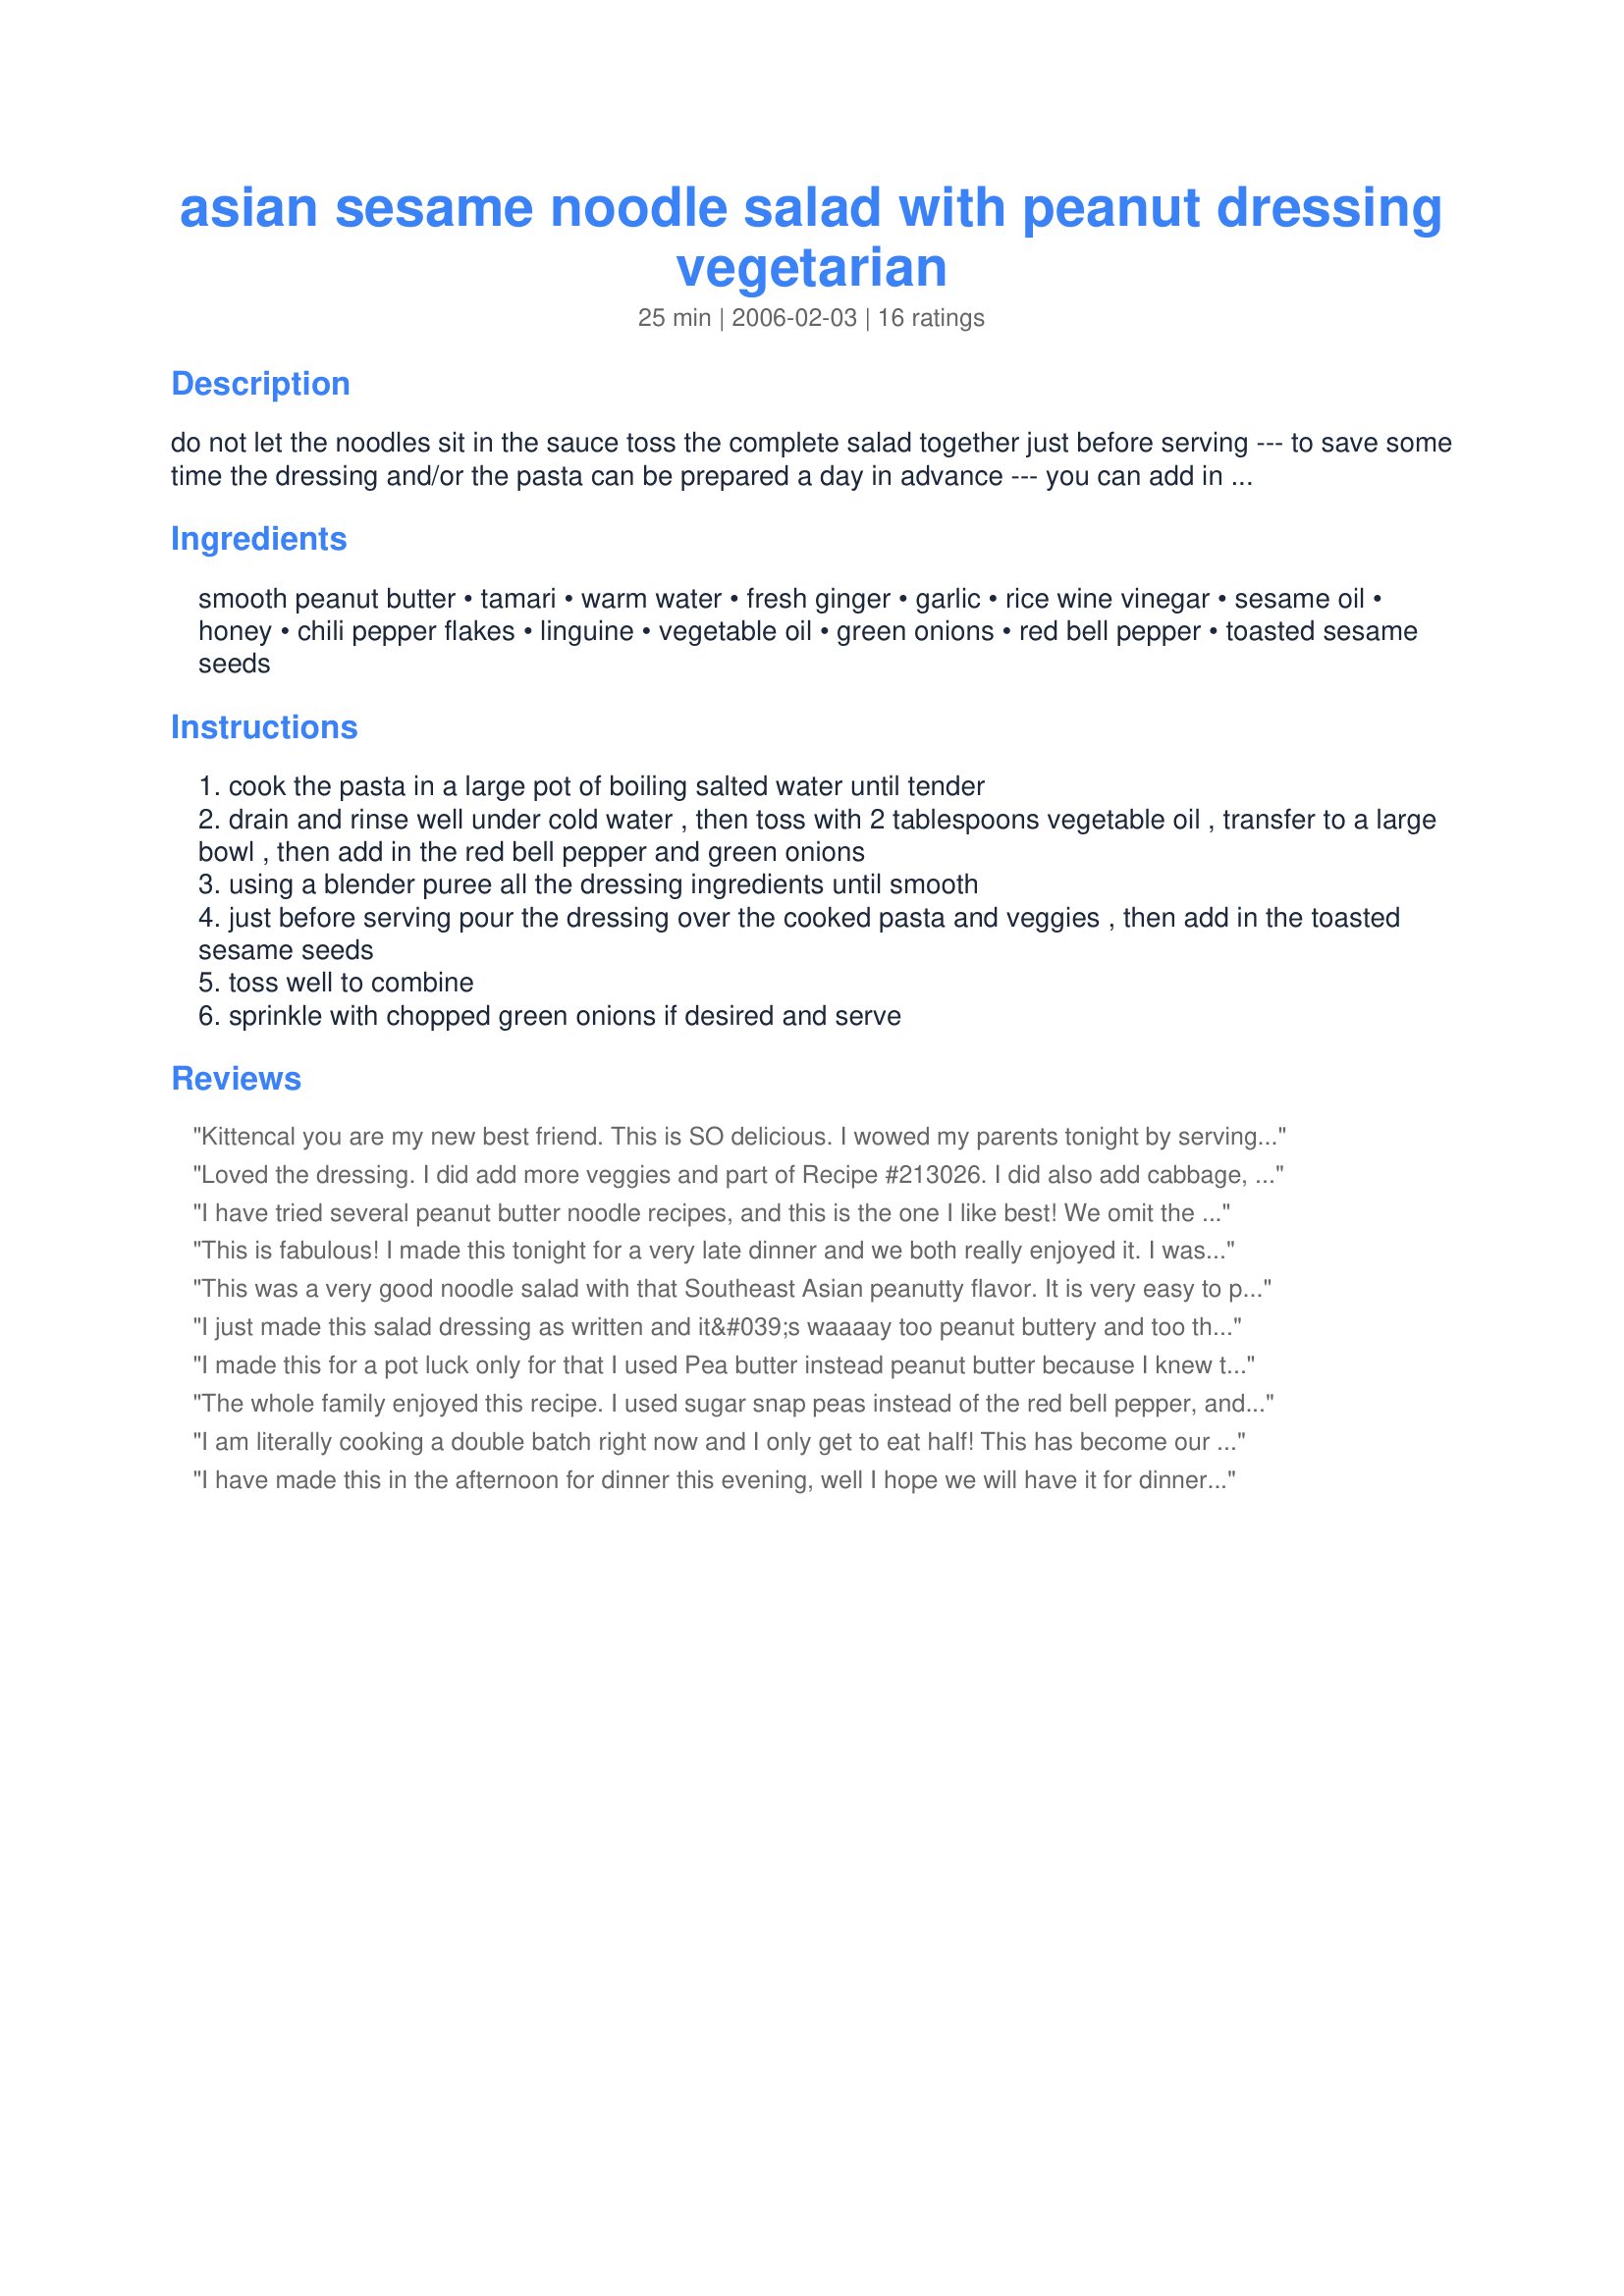
asian sesame noodle salad with peanut dressing vegetarian
Preparation time: 25 minutes

do not let the noodles sit in the sauce toss the complete salad together just before serving --- to save some time the dressing and/or the pasta can be prepared a day in advance --- you can add in your favorite veggies to the salad if desired, the amounts may be doubled to yield 6-8 -- this is very good!

Ingredients:
smooth peanut butter, tamari, warm water, fresh ginger, garlic, rice wine vinegar, sesame oil, honey, chili pepper flakes, linguine, vegetable oil, green onions, red bell pepper, toasted sesame seeds

Steps:
cook the pasta in a large pot of boiling salted water until tender
drain and rinse well under cold water , then toss with 2 tablespoons vegetable oil , transfer to a large bowl , then add in the red bell pepper and green onions
using a blender puree all the dressing ingredients until smooth
just before serving pour the dressing over the cooked pasta and veggies , then add in the toasted sesame seeds
toss well to combine
sprinkle with chopped green onions if desired and serve

Reviews:
Kittencal you are my new best friend. This is SO delicious. I wowed my parents tonight by serving this with delicious homemade potstickers. I saved a little sauce from the noodle salad to go on the side and MUAH! Delicioso!!!
Loved the dressing. I did add more veggies and part of Recipe #213026. I did also add cabbage, bean sprouts, and cilantro.
I have tried several peanut butter noodle recipes, and this is the one I like best! We omit the bell pepper because DH doesn't like it, but they are still extremely tasty. Love this as a side dish to my Asian Flank Steak. Thanks!
This is fabulous! I made this tonight for a very late dinner and we both really enjoyed it. I wasn't sure about the red pepper flakes as the closest thing I have been able to find is crushed chili pepper flakes but the recommended amount was just right for my tastes. I can't wait to have the leftovers for lunch tomorrow. Thanks so much for sharing!
This was a very good noodle salad with that Southeast Asian peanutty flavor. It is very easy to prepare (I used thin spaghetti) and makes for a tasty lunch. It is also VERY filling--I would have called this 6 servings. I served ths the first time immediately after adding dressing, as directed. However, since there were leftovers I ended up eating some of it after it had sat in the fridge, and I had no problem with the way it tasted that way.
I just made this salad dressing as written and it&#039;s waaaay too peanut buttery and too thick. To adjust it I left the amount of peanut butter as is and doubled the other ingredients. Tripled the warm water. The rest of the recipe I followed as written. Now it&#039;s yummy, but couldn&#039;t give it more than 2 stars because of the adjustments I had to make, as subjective as my personal taste may be.:)
I made this for a pot luck only for that I used Pea butter instead peanut butter because I knew the hostess was peanut allergic.
This was a success and is a good alternative for those who have nut allergies. I would say however it's not quite as good with the pea butter. Less bite!
The whole family enjoyed this recipe. I used sugar snap peas instead of the red bell pepper, and used chunky peanut butter because that was what we had in the house. We used Barilla Plus thin spaghetti, to punch up the nutritional value of the pasta a bit. Other than that, I followed the recipe exactly. Afterward I was thinking that using hot sesame oil might be a nice alternative to the regular sesame oil and pepper flakes. Although the texture was nicer the first day, I agree with the others who said the leftovers were nice the next day as well. One hint -- spray some nonstick cooking spray on your measuring cup/spoon before filling with peanut butter or honey -- it comes out much more easily and completely that way!
I am literally cooking a double batch right now and I only get to eat half! This has become our requested dish for every party we attend. I add shredded carrots and thinly cut seedless cucumber. The sauce is what really makes it though. Great recipe.
I have made this in the afternoon for dinner this evening, well I hope we will have it for dinner this evening. I can't stop eating the dressing. Out of this world, thanks for sharing Kitten.
I have a fabulous recipe for our favorite Chinese delight: Cold Noodle with Sesame Paste. This comes very close to it, with peanut butter instead of the sesame. Its another winner, Kittencal, and definitely a keeper. We prefer it without the red pepper, just noodles, scallions, sesame seeds, and sauce. IF you can ever find fresh Chinese noodles, it's even better!
Thanks again for posting yet another wonderful recipe.
Just tried the peanut dressing, but used raw shredded cabbage instead of noodles. Very enjoyable, and great change of pace for a weeknight dinner. Healthy and tasty!
I only made the peanut dressing (as a "dip" for some spring rolls I made.) DELICIOUSO! I used almost twice as much water to get it to a liquid-y consistancy, which I wanted for dipping. I also replaced sesame oil with canola oil and fresh sesame seeds. And I used chunky peanut butter (which blended up smooth). Used regular vinegar (no rice wine) and soy sause instead of tamari. I also used the red pepper flakes to taste which probably came up to near 1/2 teaspoon, anyways. Very good. My hubby said it was "restaurant quality". Next time I might use some coconut milk in place of some of the water.

Edited to add:

Well hot diggity! I made the entire recipe as written (substituted chives for green onions...its what I had in the house...and used sesame seeds instead of the sesame oil with some canola oil and used regular vinegar instead of the rice wine vinegar, same reasons) and this turned out DELIGHTFUL!!!

Warming sauce, savory noodles. YUM YUM YUM. Whipped together in a jiffy.

Can't wait to try it cold!
Yum! This was extremely flavorful and relatively fast to put together. I only had many packs of ramen noodles and they worked fine. I don't even like peanut butter and this was still that good.
I made this for DD to take in her lunches and she loves it. I omitted the green onions but otherwise followed the recipe using vermicelli noodles. Thanks for posting.
This is another great recipe by Kittencal! I followed directions except that I had some snap peas in the fridge and added those. I served it along with honey-dill salmon and it made a delicious meal. The next day I added some shredded chicken to it which made us another great meal. Thank you!
